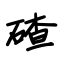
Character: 碴